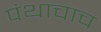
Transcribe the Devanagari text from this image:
पंथाचाच